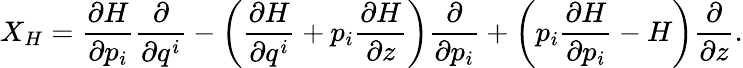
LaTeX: X_{H}=\frac{\partial H}{\partial p_{i}}\frac{\partial}{\partial q^{i}}-\left(\frac{\partial H}{\partial q^{i}}+p_{i}\frac{\partial H}{\partial z}\right)\frac{\partial}{\partial p_{i}}+\left(p_{i}\frac{\partial H}{\partial p_{i}}-H\right)\frac{\partial}{\partial z}.